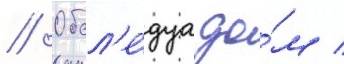
// Обсл'е́дуа до́м /